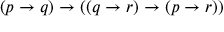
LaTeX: ( p \to q ) \to ( ( q \to r ) \to ( p \to r ) )